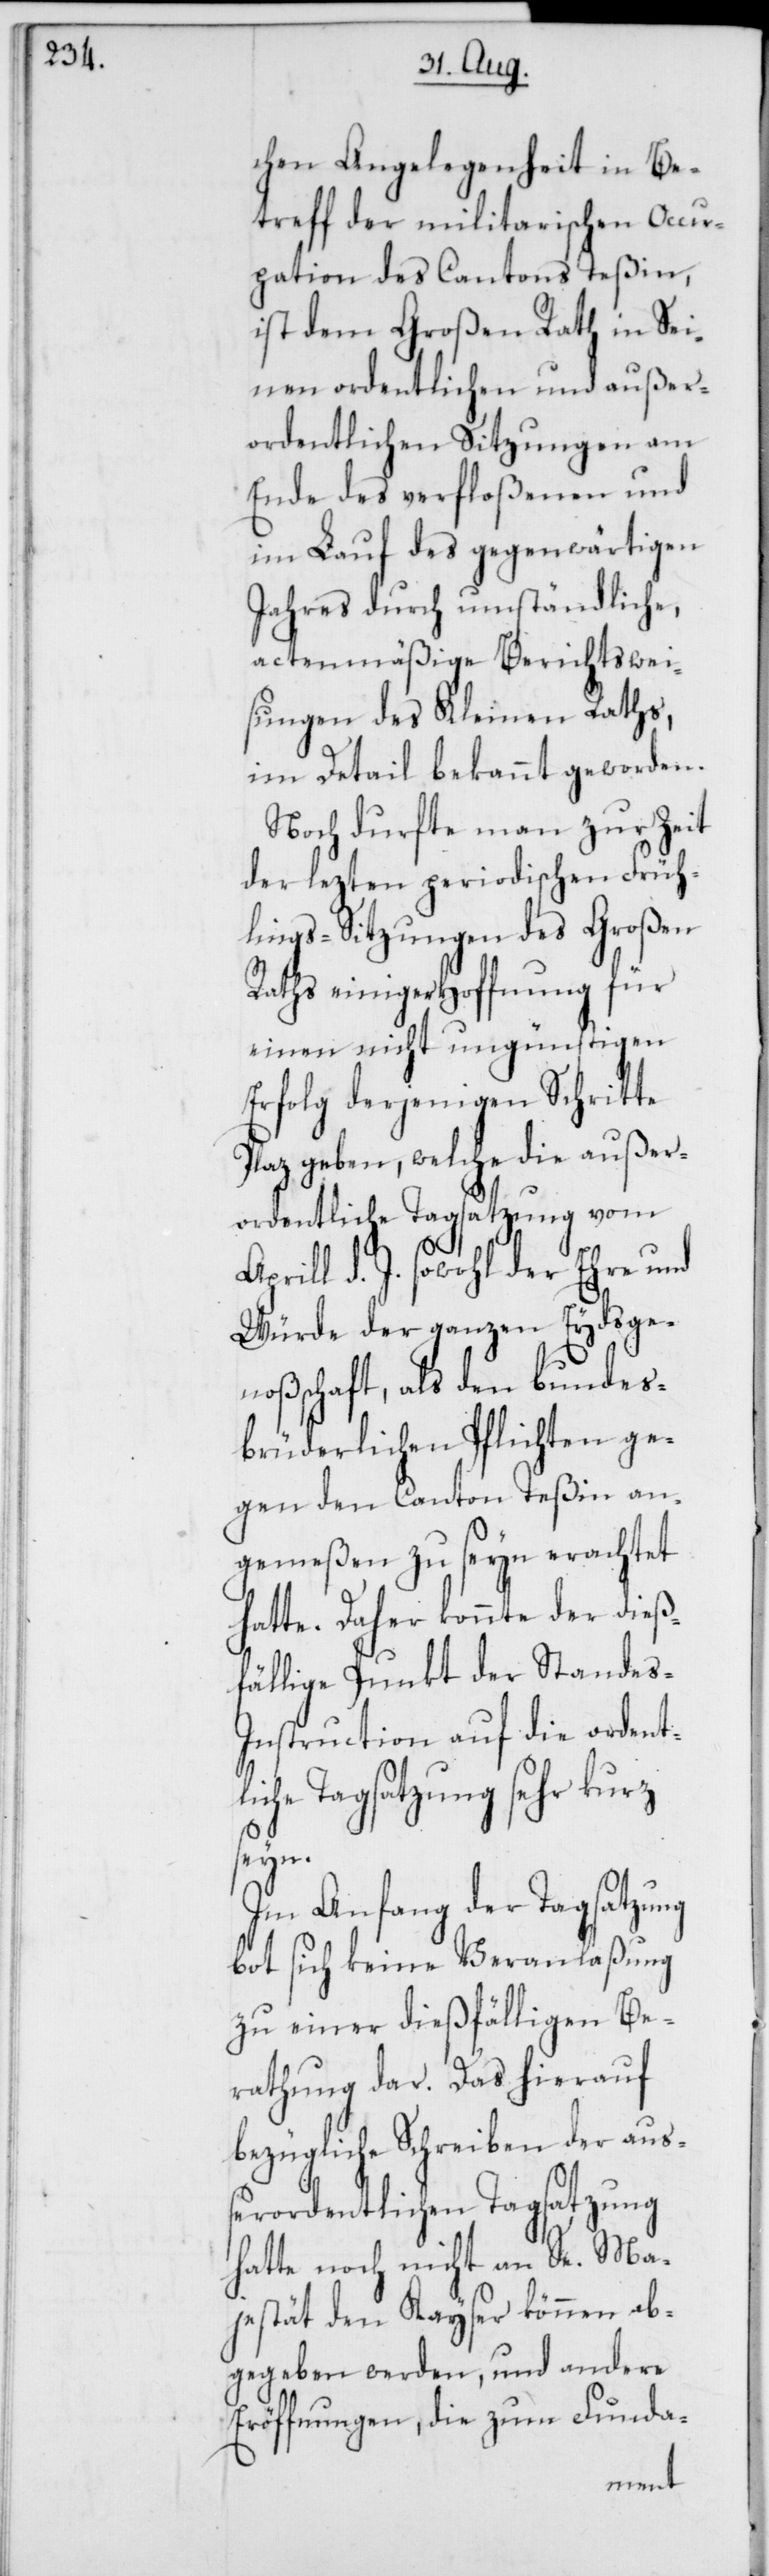
chen Angelegenheit in Be¬
treff der militarischen Occu¬
pation des Cantons Teßin,
[sic!] Großen Rath in Sei¬
nen ordentlichen und außer¬
ordentlichen Sitzungen am
Ende des verfloßenen und
im Lauf des gegenwärtigen
Jahres durch umständliche,
actenmäßige Berichtswei¬
sungen des Kleinen Raths,
im Detail bekannt geworden.
Noch durfte man zur Zeit
der lezten periodischen Früh¬
lings-Sitzungen des Großen
Raths einiger Hoffung für
einen nicht ungünstigen
Erfolg derjenigen Schritte
geben, welche die außer¬
ordentliche Tagsatzung vom
d. J. sowohl der Ehre und
Würde der ganzen Eydsge¬
noßenschaft, als den bundes¬
brüderlichen Pflichten ge¬
gen den Canton Teßin an¬
gemeßen zu seyn erachtet
hatte. Daher konnte der dieß¬
fällige Punkt der Standes-I¬
nstruction auf die ordentl¬
iche Tagsatzung sehr kurz
seyn.
Im Anfang der Tagsatzung
bot sich keine Veranlaßung
zu einer dießfälligen Be¬
rathung dar. Das hierauf
bezügliche Schreiben der auß¬
erordentlichen Tagsatzung
hatte noch nicht an Se. Ma¬
jestät den Kayser können ab¬
gegeben werden, und andere
Eröffnungen, die zum Funda-